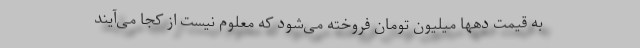
به قیمت دهها میلیون تومان فروخته می‌شود که معلوم نیست از کجا می‌آیند